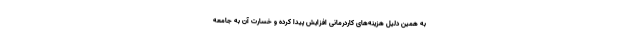
به همین دلیل هزینه‌های کاردرمانی افزایش پیدا کرده و خسارت آن به جامعه